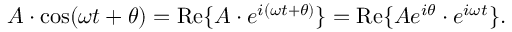
\begin{array} { r } { A \cdot \cos ( \omega t + \theta ) = \operatorname { R e } \{ A \cdot e ^ { i ( \omega t + \theta ) } \} = \operatorname { R e } \{ A e ^ { i \theta } \cdot e ^ { i \omega t } \} . } \end{array}